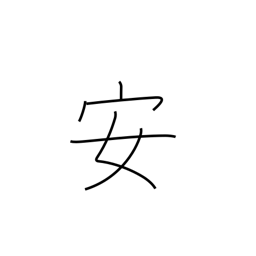
Meaning: peaceful